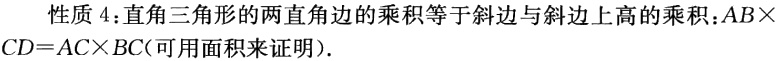
性质 4：直角三角形的两直角边的乘积等于斜边与斜边上高的乘积：\(AB\times CD = AC\times BC\)(可用面积来证明).